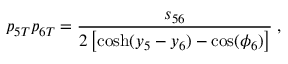
p _ { 5 T } p _ { 6 T } = { \frac { s _ { 5 6 } } { 2 \left[ \cosh ( y _ { 5 } - y _ { 6 } ) - \cos ( \phi _ { 6 } ) \right] } } \; ,